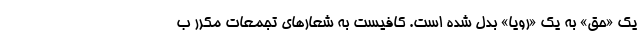
یک «حق» به یک «رویا» بدل شده است. کافیست به شعارهای تجمعات مکرر ب